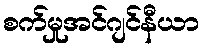
စက်မှုအင်ဂျင်နီယာ